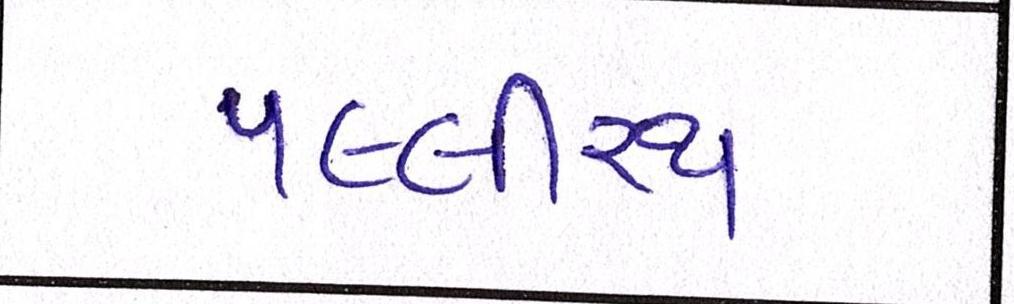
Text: પલ્લીરથ